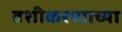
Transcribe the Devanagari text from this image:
वशीकरणाच्या